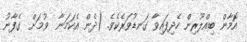
އޮމާން ބިއްލޫރިން ހެދިފައިވާ ގަނޑުވަރެކެވެ. (ދެން އެކަމަނާ  ވުމަށް  ގެފާނު